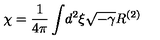
\chi = { \frac { 1 } { 4 \pi } } \int \! d ^ { 2 } \xi \sqrt { - \gamma } R ^ { ( 2 ) }